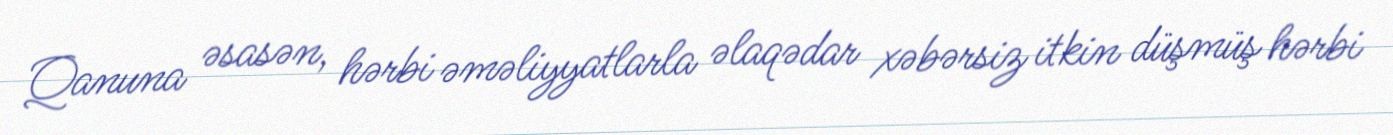
Qanuna əsasən, hərbi əməliyyatlarla əlaqədar xəbərsiz itkin düşmüş hərbi